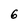
Character: 6